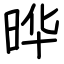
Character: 晔